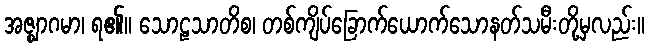
အဇ္ဈာဂမာ၊ ရ၏။ သောဠသာတိစ၊ တစ်ကျိပ်ခြောက်ယောက်သောနတ်သမီးတို့မှလည်း။